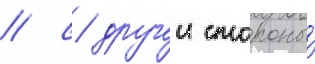
/ с другои стороны́